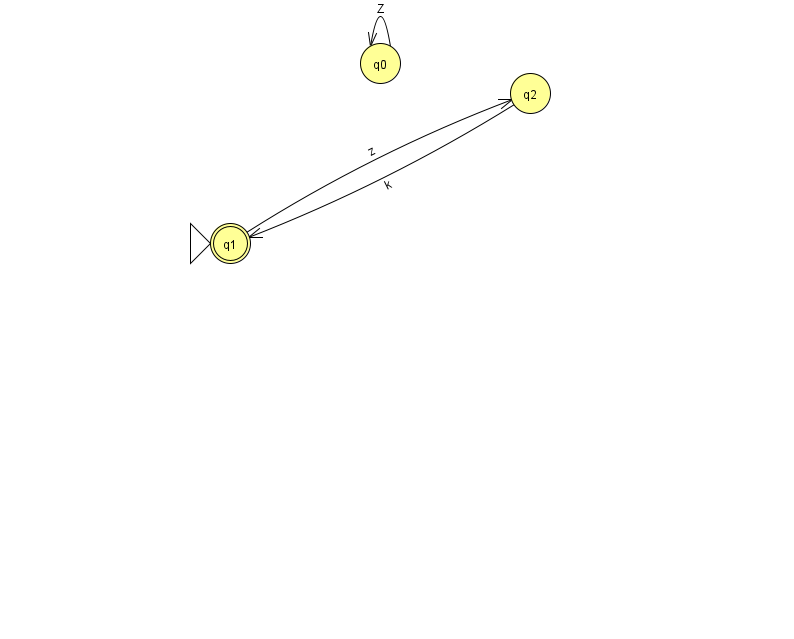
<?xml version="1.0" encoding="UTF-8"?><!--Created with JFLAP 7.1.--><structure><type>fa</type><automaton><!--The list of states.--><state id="0" name="q0"><x>380.0</x><y>50.0</y></state><state id="1" name="q1"><x>230.0</x><y>230.0</y><initial/><final/></state><state id="2" name="q2"><x>530.0</x><y>80.0</y></state><!--The list of transitions.--><transition><from>1</from><to>2</to><read>z</read></transition><transition><from>2</from><to>1</to><read>k</read></transition><transition><from>0</from><to>0</to><read>Z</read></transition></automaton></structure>